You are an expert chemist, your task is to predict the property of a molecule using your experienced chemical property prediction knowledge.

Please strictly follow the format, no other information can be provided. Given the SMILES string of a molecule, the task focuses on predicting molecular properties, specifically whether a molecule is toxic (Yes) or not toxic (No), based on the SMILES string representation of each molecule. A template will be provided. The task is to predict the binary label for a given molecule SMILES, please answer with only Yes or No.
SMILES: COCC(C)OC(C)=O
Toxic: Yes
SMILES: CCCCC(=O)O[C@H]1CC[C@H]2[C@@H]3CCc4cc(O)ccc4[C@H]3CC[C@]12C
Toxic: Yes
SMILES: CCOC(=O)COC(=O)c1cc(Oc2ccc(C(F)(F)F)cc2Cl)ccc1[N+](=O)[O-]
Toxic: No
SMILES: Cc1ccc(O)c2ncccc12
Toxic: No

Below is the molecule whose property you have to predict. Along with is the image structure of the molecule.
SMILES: Clc1nc(C(Cl)(Cl)Cl)c(Cl)c(Cl)c1Cl
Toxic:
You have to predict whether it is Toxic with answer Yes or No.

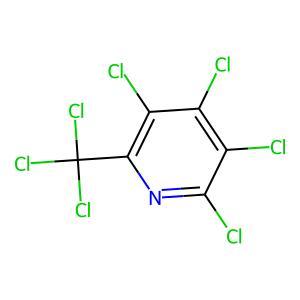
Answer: No